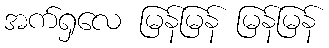
အက်ရှလေ မြန်မြန် မြန်မြန်